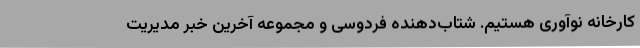
کارخانه نوآوری هستیم. شتاب‌دهنده فردوسی و مجموعه آخرین خبر مدیریت